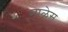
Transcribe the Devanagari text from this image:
माळेस